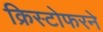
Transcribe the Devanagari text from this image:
क्रिस्टोफरने